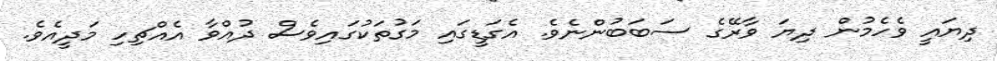
ދިޔައީ ވެހެމުން ދިޔަ ވާރޭގެ ސަބަބުންނެވެ. އެގަޑީގައި މަގުތަކުގައިވެސް ދުއްވާ އެއްޗިހި މަދީއެވެ.